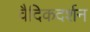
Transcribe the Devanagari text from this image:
वैदिकदर्शन